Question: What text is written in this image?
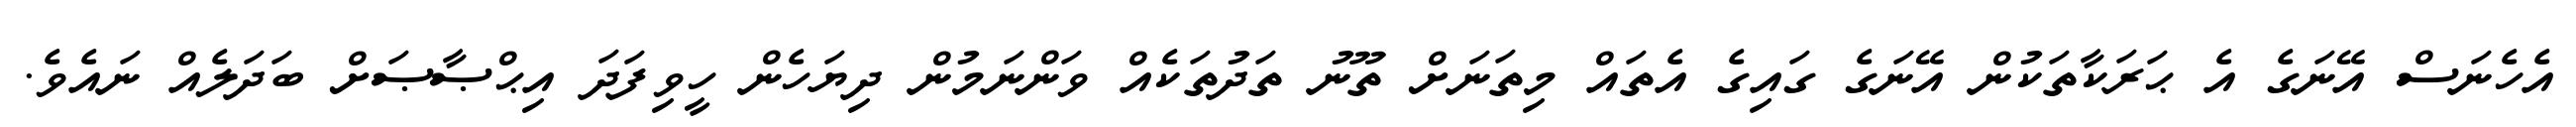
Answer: އެހެނަސް އޭނަގެ އެ ޙަރަކާތަކުން އޭނަގެ ގައިގެ އެތައް މިތަނަށް ތޫނު ތަދުތަކެއް ވަންނަމުން ދިޔަހެން ހީވިފަދަ އިޙްޞާޞަށް ބަދަލެއް ނައެވެ.